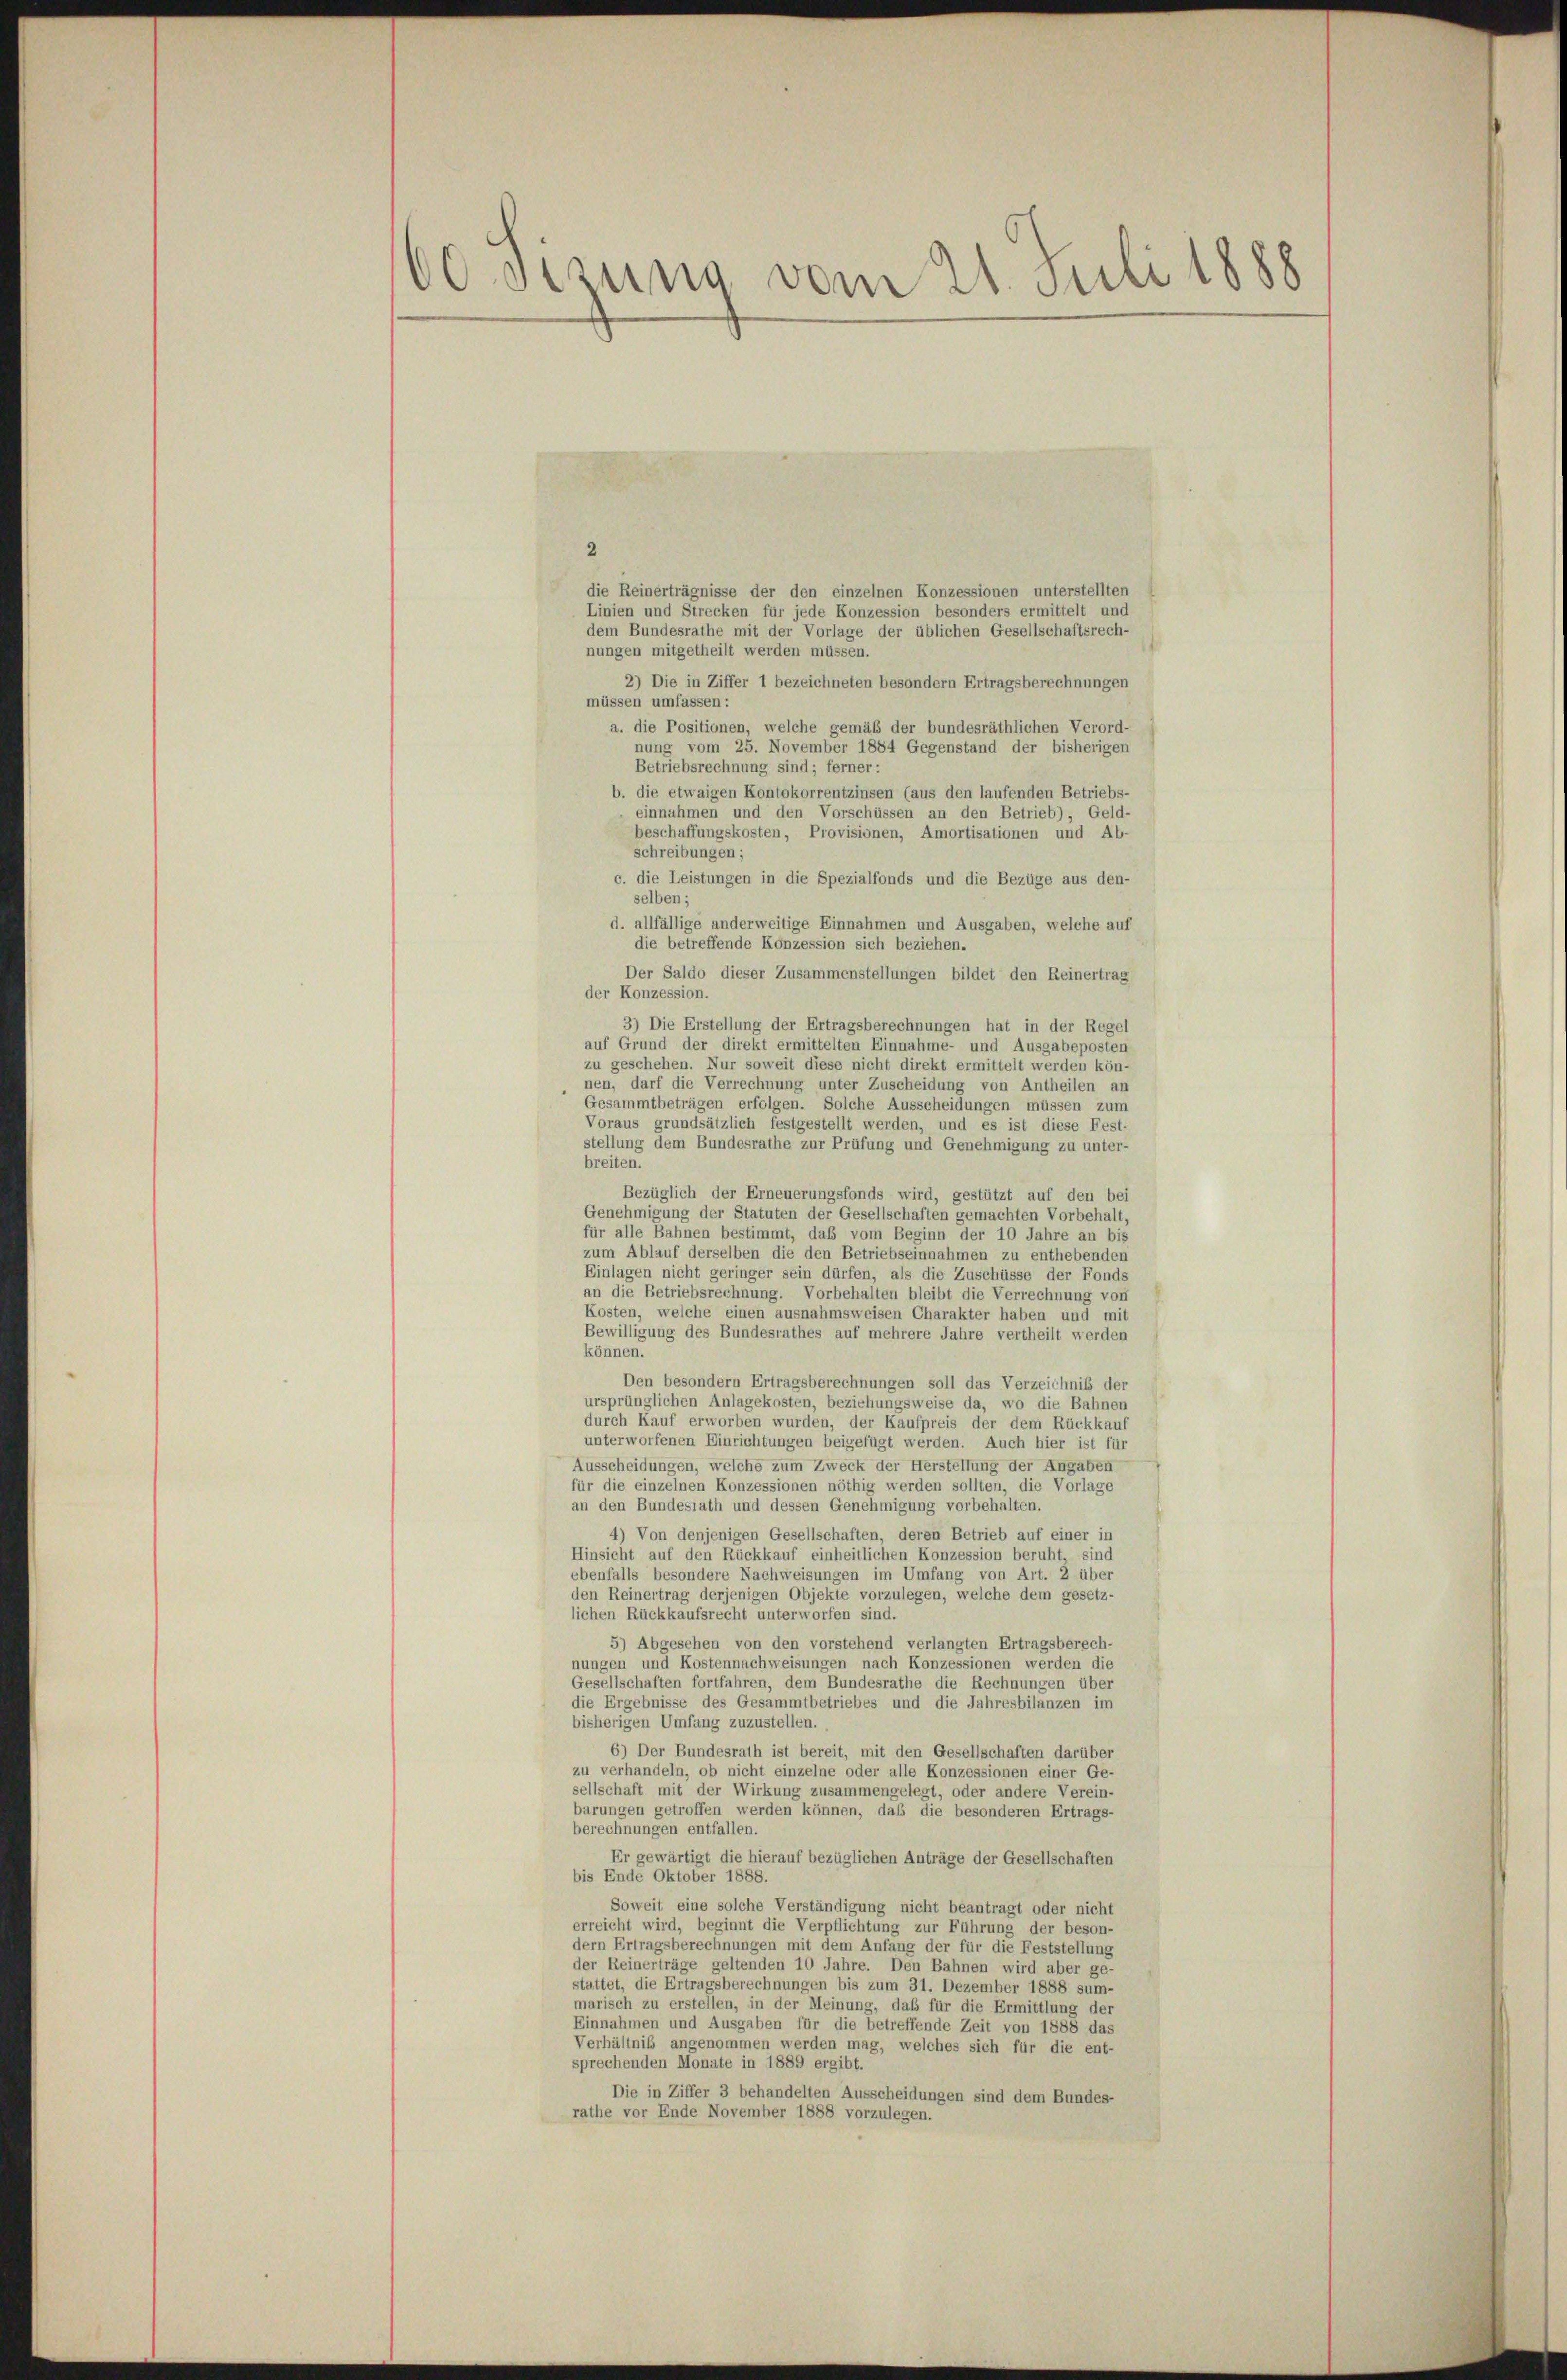
60 Sisung vom 21. Juli 1888

2
die Reinerträgnisse der den einzelnen Konzessionen unterstellten
Linien und Strecken für jede Konzession besonders ermittelt und
dem Bundesrathe mit der Vorlage der üblichen Gesellschaftsrech-
nungen mitgetheilt werden müssen.
2) Die in Ziffer 1 bezeichneten besondern Ertragsberechnungen
müssen umfassen:
a. die Positionen, welche gemäß der bundesräthlichen Verord-
nung vom 25. November 1884 Gegenstand der bisherigen
Betriebsrechnung sind; ferner:
b. die etwaigen Kontokorrentzinsen (aus den laufenden Betriebs-
einnahmen und den Vorschüssen an den Betrieb), Geld-
beschaffungskosten, Provisionen, Amortisationen und Ab-
schreibungen;
c. die Leistungen in die Spezialfonds und die Bezüge aus den-
selben;
d. allfällige anderweitige Einnahmen und Ausgaben, welche auf
die betreffende Konzession sich beziehen.
Der Saldo dieser Zusammenstellungen bildet den Reinertrag
der Konzession.
3) Die Erstellung der Ertragsberechnungen hat in der Regel
auf Grund der direkt ermittelten Einnahme- und Ausgabeposten
zu geschehen. Nur soweit diese nicht direkt ermittelt werden kön-
nen, darf die Verrechnung unter Zuscheidung von Antheilen an
Gesammtbeträgen erfolgen. Solche Ausscheidungen müssen zum
Voraus grundsätzlich festgestellt werden, und es ist diese Fest-
stellung dem Bundesrathe zur Prüfung und Genehmigung zu unter-
breiten.
Bezüglich der Erneuerungsfonds wird, gestützt auf den bei
Genehmigung der Statuten der Gesellschaften gemachten Vorbehalt,
für alle Bahnen bestimmt, daß vom Beginn der 10 Jahre an bis
zum Ablauf derselben die den Betriebseinnahmen zu enthebenden
Einlagen nicht geringer sein dürfen, als die Zuschüsse der Fonds
an die Betriebsrechnung. Vorbehalten bleibt die Verrechnung von
Kosten, welche einen ausnahmsweisen Charakter haben und mit
Bewilligung des Bundesrathes auf mehrere Jahre vertheilt werden
können.
Den besondern Ertragsberechnungen soll das Verzeichniß der
ursprünglichen Anlagekosten, beziehungsweise da, wo die Bahnen
durch Kauf erworben wurden, der Kaufpreis der dem Rückkauf
unterworfenen Einrichtungen beigefügt werden. Auch hier ist für
Ausscheidungen, welche zum Zweck der Herstellung der Angaben
für die einzelnen Konzessionen nöthig werden sollten, die Vorlage
an den Bundesrath und dessen Genehmigung vorbehalten.
4) Von denjenigen Gesellschaften, deren Betrieb auf einer in
Hinsicht auf den Rückkauf einheitlichen Konzession beruht, sind
ebenfalls besondere Nachweisungen im Umfang von Art. 2 über
den Reinertrag derjenigen Objekte vorzulegen, welche dem gesetz-
lichen Rückkaufsrecht unterworfen sind.
5) Abgesehen von den vorstehend verlangten Ertragsberech-
nungen und Kostennachweisungen nach Konzessionen werden die
Gesellschaften fortfahren, dem Bundesrathe die Rechnungen über
die Ergebnisse des Gesammtbetriebes und die Jahresbilanzen im
bisherigen Umfang zuzustellen.
6) Der Bundesrath ist bereit, mit den Gesellschaften darüber
zu verhandeln, ob nicht einzelne oder alle Konzessionen einer Ge-
sellschaft mit der Wirkung zusammengelegt, oder andere Verein-
barungen getroffen werden können, daß die besonderen Ertrags-
berechnungen entfallen.
Er gewärtigt die hierauf bezüglichen Anträge der Gesellschaften
bis Ende Oktober 1888.
Soweit eine solche Verständigung nicht beantragt oder nicht
erreicht wird, beginnt die Verpflichtung zur Führung der beson-
dern Ertragsberechnungen mit dem Anfang der für die Feststellung
der Reinerträge geltenden 10 Jahre. Den Bahnen wird aber ge-
stattet, die Ertragsberechnungen bis zum 31. Dezember 1888 sum-
marisch zu erstellen, in der Meinung, daß für die Ermittlung der
Einnahmen und Ausgaben für die betreffende Zeit von 1888 das
Verhältnis angenommen werden mag, welches sich für die ent-
sprechenden Monate in 1889 ergibt.
Die in Ziffer 3 behandelten Ausscheidungen sind dem Bundes-
rathe vor Ende November 1888 vorzulegen.